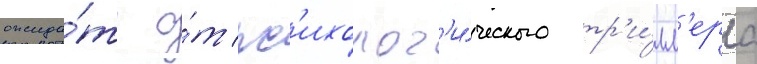
ожида́ть о́т пс'ихолог'и́ческого тр'и́лл'ера